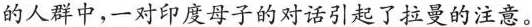
的人群中，一对印度母子的对话引起了拉曼的注意。